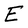
Character: E